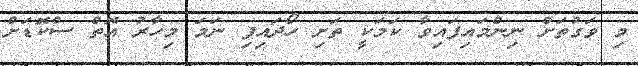
މި ވަގުތަށް ނިންމައިފައިވާ ކަމަކީ ތަށި ހޯދައިފި ނަމަ މިހާރު އޮތް ސްކޮޑަށް